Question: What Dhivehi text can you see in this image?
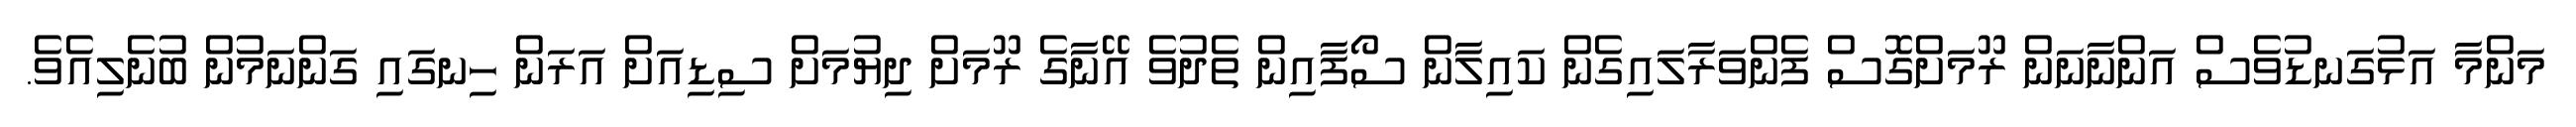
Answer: މަންމާ އަޅުގަނޑުވެސް އަންނާނަން ރޫމަށްގޮސް ފެންވަރާލައިގެން ކައިލާން ސޯފާއިން ތެދުވެ އޭނާގެ ރޫމަށް ދިޔުމަށް ސިޑިއަށް އަރަން ހިނގައި ގަންނަމުން ބުނެލިއެވެ.